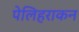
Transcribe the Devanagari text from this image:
पेलिहराकन